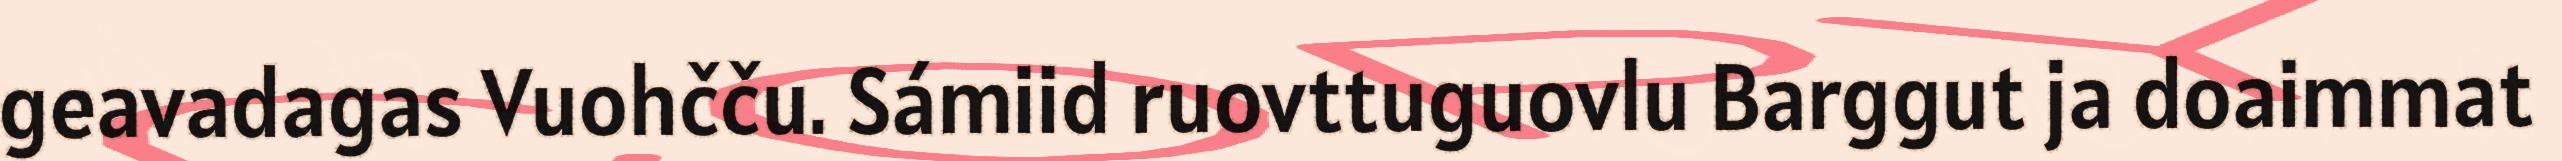
geavadagas Vuohčču. Sámiid ruovttuguovlu Barggut ja doaimmat